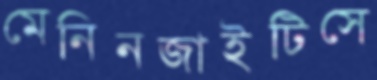
মেনিনজাইটিসে